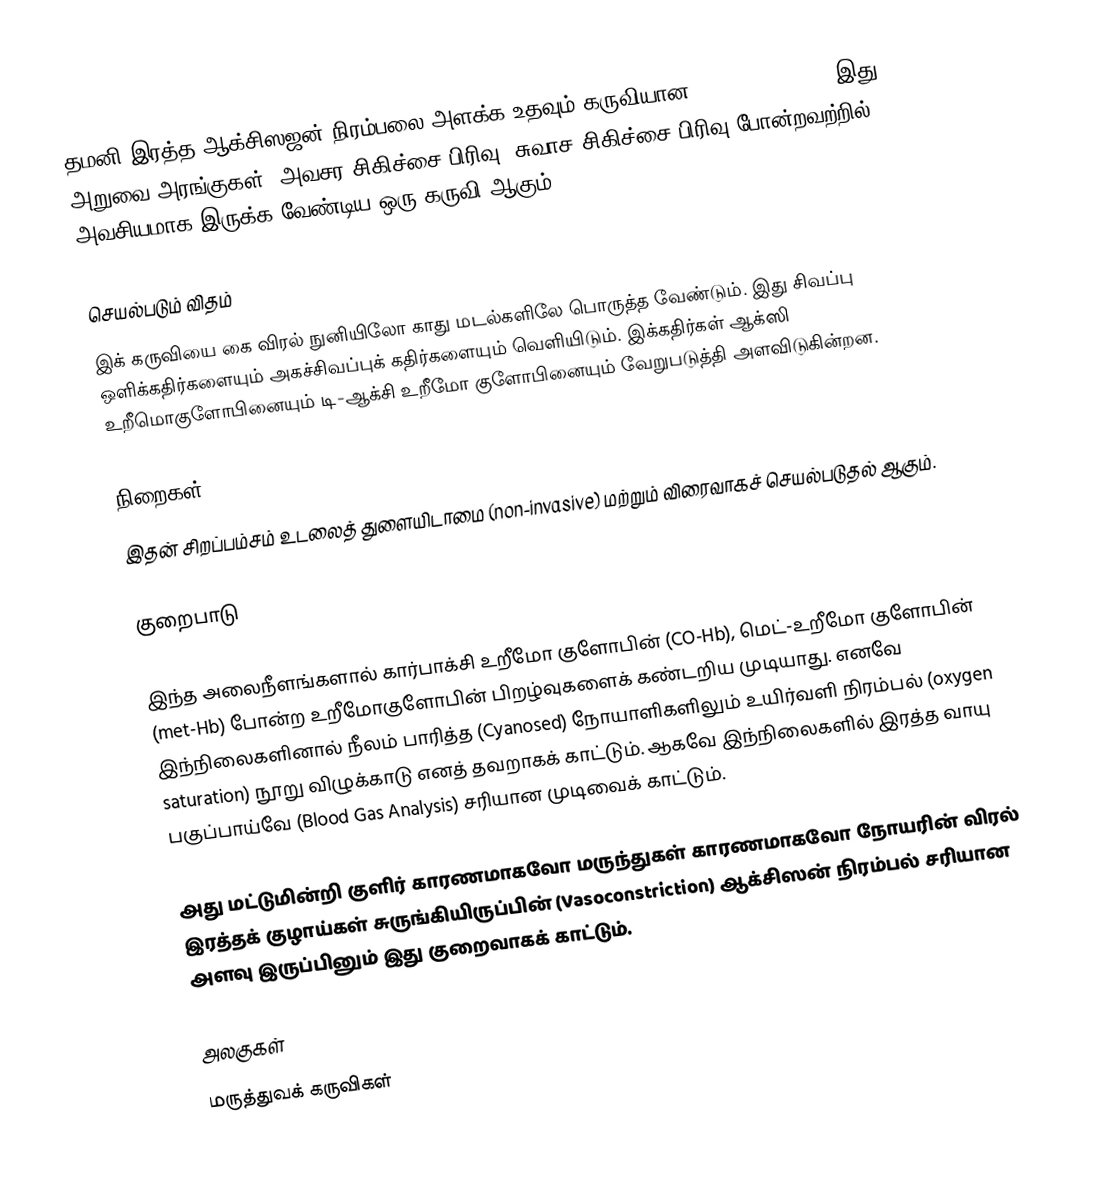
தமனி இரத்த ஆக்சிஸஜன் நிரம்பலை அளக்க உதவும் கருவியான (Pulse oximetry) இது அறுவை அரங்குகள், அவசர சிகிச்சை பிரிவு, சுவாச சிகிச்சை பிரிவு போன்றவற்றில் அவசியமாக இருக்க வேண்டிய ஒரு கருவி ஆகும்.

செயல்படும் விதம்
இக் கருவியை கை விரல் நுனியிலோ காது மடல்களிலே பொருத்த வேண்டும். இது சிவப்பு ஒளிக்கதிர்களையும் அகச்சிவப்புக் கதிர்களையும் வெளியிடும். இக்கதிர்கள் ஆக்ஸி உறீமொகுளோபினையும் டி-ஆக்சி உறீமோ குளோபினையும் வேறுபடுத்தி அளவிடுகின்றன.

நிறைகள்
இதன் சிறப்பம்சம் உடலைத் துளையிடாமை (non-invasive) மற்றும் விரைவாகச் செயல்படுதல் ஆகும்.

குறைபாடு

இந்த அலைநீளங்களால் கார்பாக்சி உறீமோ குளோபின் (CO-Hb), மெட்-உறீமோ குளோபின் (met-Hb) போன்ற உறீமோகுளோபின் பிறழ்வுகளைக் கண்டறிய முடியாது. எனவே இந்நிலைகளினால் நீலம் பாரித்த (Cyanosed) நோயாளிகளிலும் உயிர்வளி நிரம்பல் (oxygen saturation) நூறு விழுக்காடு எனத் தவறாகக் காட்டும். ஆகவே இந்நிலைகளில் இரத்த வாயு பகுப்பாய்வே (Blood Gas Analysis) சரியான முடிவைக் காட்டும்.

அது மட்டுமின்றி குளிர் காரணமாகவோ மருந்துகள் காரணமாகவோ நோயரின் விரல் இரத்தக் குழாய்கள் சுருங்கியிருப்பின் (Vasoconstriction) ஆக்சிஸன் நிரம்பல் சரியான அளவு இருப்பினும் இது குறைவாகக் காட்டும்.

அலகுகள்
மருத்துவக் கருவிகள்